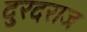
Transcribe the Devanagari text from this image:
दुरदराज